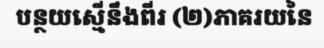
បន្ថយស្មើនឹងពីរ (២)ភាគរយនៃ